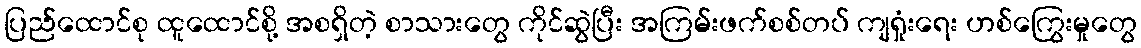
ပြည်ထောင်စု ထူထောင်စို့ အစရှိတဲ့ စာသားတွေ ကိုင်ဆွဲပြီး အကြမ်းဖက်စစ်တပ် ကျရှုံးရေး ဟစ်ကြွေးမှုတွေ